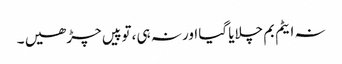
نہ ایٹم بم چلایا گیا اور نہ ہی ،توپیں چڑھیں ۔